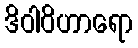
ဒိဝါဝိဟာရော